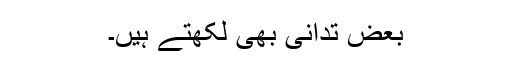
بعض تَدَانِی بھی لکھتے ہیں۔